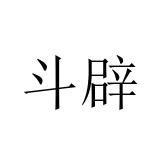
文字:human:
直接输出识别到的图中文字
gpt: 斗辟